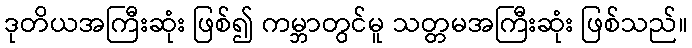
ဒုတိယအကြီးဆုံး ဖြစ်၍ ကမ္ဘာတွင်မူ သတ္တမအကြီးဆုံး ဖြစ်သည်။